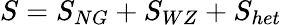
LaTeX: S=S_{NG}+S_{WZ}+S_{het}